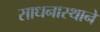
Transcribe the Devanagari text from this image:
साधनास्थाने